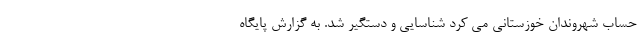
حساب شهروندان خوزستانی می کرد شناسایی و دستگیر شد. به گزارش پایگاه